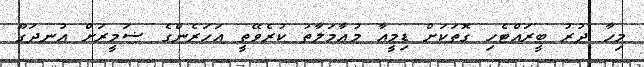
މިހާ ދުރު ބީރައްޓެހި ގޮތަކަށް ޑިމީއާ މުޢާމަލާތު ކުރެވޭތީ އަހަރެންގެ ޟަމީރަށް އުނދަގޫ